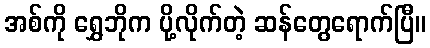
အစ်ကို ရွှေဘိုက ပို့လိုက်တဲ့ ဆန်တွေရောက်ပြီ။